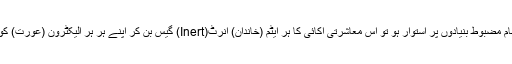
جس معاشرت میں خاندانی اور معاشرتی نظام مضبوط بنیادوں پر استوار ہو تو اس معاشرتی اکائی کا ہر ایٹم (خاندان) انرٹ(Inert) گیس بن کر اپنے ہر ہر الیکٹرون (عورت) کو پکڑکر رکھتا ہے جیسے مسلمان معاشرت۔